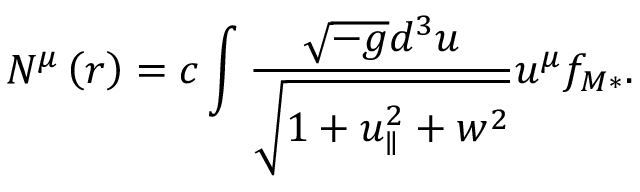
N ^ { \mu } \left( r \right) = c \int \frac { \sqrt { - g } d ^ { 3 } u } { \sqrt { 1 + u _ { \parallel } ^ { 2 } + w ^ { 2 } } } u ^ { \mu } f _ { M \ast } .